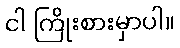
ငါ ကြိုးစားမှာပါ။